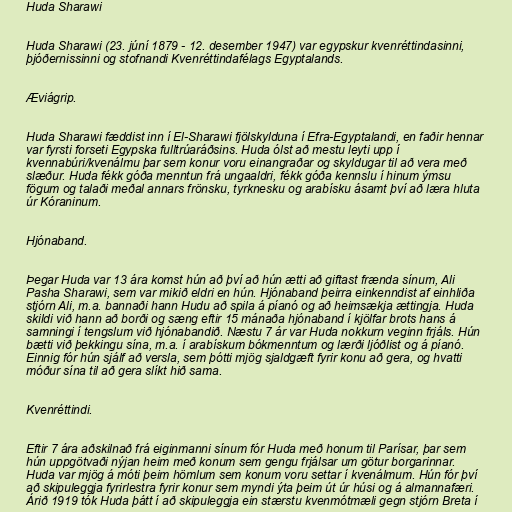
Huda Sharawi

Huda Sharawi (23. júní 1879 - 12. desember 1947) var egypskur kvenréttindasinni,
þjóðernissinni og stofnandi Kvenréttindafélags Egyptalands.

Æviágrip.

Huda Sharawi fæddist inn í El-Sharawi fjölskylduna í Efra-Egyptalandi, en faðir hennar
var fyrsti forseti Egypska fulltrúaráðsins. Huda ólst að mestu leyti upp í
kvennabúri/kvenálmu þar sem konur voru einangraðar og skyldugar til að vera með
slæður. Huda fékk góða menntun frá ungaaldri, fékk góða kennslu í hinum ýmsu
fögum og talaði meðal annars frönsku, tyrknesku og arabísku ásamt því að læra hluta
úr Kóraninum.

Hjónaband.

Þegar Huda var 13 ára komst hún að því að hún ætti að giftast frænda sínum, Ali
Pasha Sharawi, sem var mikið eldri en hún. Hjónaband þeirra einkenndist af einhliða
stjórn Ali, m.a. bannaði hann Hudu að spila á píanó og að heimsækja ættingja. Huda
skildi við hann að borði og sæng eftir 15 mánaða hjónaband í kjölfar brots hans á
samningi í tengslum við hjónabandið. Næstu 7 ár var Huda nokkurn veginn frjáls. Hún
bætti við þekkingu sína, m.a. í arabískum bókmenntum og lærði ljóðlist og á píanó.
Einnig fór hún sjálf að versla, sem þótti mjög sjaldgæft fyrir konu að gera, og hvatti
móður sína til að gera slíkt hið sama.

Kvenréttindi.

Eftir 7 ára aðskilnað frá eiginmanni sínum fór Huda með honum til Parísar, þar sem
hún uppgötvaði nýjan heim með konum sem gengu frjálsar um götur borgarinnar.
Huda var mjög á móti þeim hömlum sem konum voru settar í kvenálmum. Hún fór því
að skipuleggja fyrirlestra fyrir konur sem myndi ýta þeim út úr húsi og á almannafæri.
Árið 1919 tók Huda þátt í að skipuleggja ein stærstu kvenmótmæli gegn stjórn Breta í